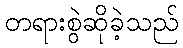
တရားစွဲဆိုခဲ့သည်